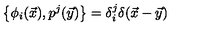
\bigl \{ \phi _ { i } ( \vec { x } ) , p ^ { j } ( \vec { y } ) \bigr \} = \delta _ { i } ^ { j } \delta ( \vec { x } - \vec { y } )